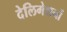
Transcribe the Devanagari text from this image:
देलिगेशनों